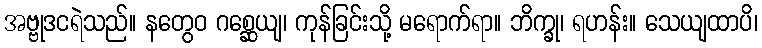
အဗ္ဗုဒငရဲသည်။ နတွေဝ ဂစ္ဆေယျ၊ ကုန်ခြင်းသို့ မရောက်ရာ။ ဘိက္ခု၊ ရဟန်း။ သေယျထာပိ၊